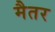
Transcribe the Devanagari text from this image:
मैतर